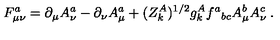
F _ { \mu \nu } ^ { a } = \partial _ { \mu } A _ { \nu } ^ { a } - \partial _ { \nu } A _ { \mu } ^ { a } + ( Z _ { k } ^ { A } ) ^ { 1 / 2 } g _ { k } ^ { A } f ^ { a } { } _ { b c } A _ { \mu } ^ { b } A _ { \nu } ^ { c } \: .